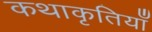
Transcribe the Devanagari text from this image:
कथाकृतियाँ